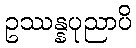
ဥဿန္နပုညာပိ